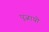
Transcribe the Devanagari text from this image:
पूजायो